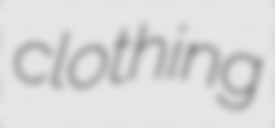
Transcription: clothing